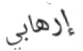
إرهابي